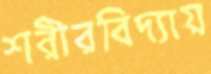
শরীরবিদ্যায়